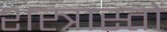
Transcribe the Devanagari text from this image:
शस्त्रास्तों